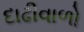
દાઢીવાળો